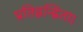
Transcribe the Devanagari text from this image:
प्रतिद्वन्द्विता।